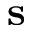
\bf { s }